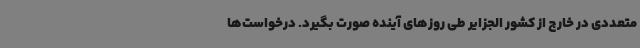
متعددی در خارج از کشور الجزایر طی روزهای آینده صورت بگیرد. درخواست‌ها